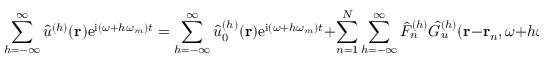
\sum _ { h = - \infty } ^ { \infty } \hat { u } ^ { ( h ) } ( \mathbf { r } ) \mathrm { e } ^ { \mathrm { i } ( \omega + h \omega _ { m } ) t } = \sum _ { h = - \infty } ^ { \infty } \hat { u } _ { 0 } ^ { ( h ) } ( \mathbf { r } ) \mathrm { e } ^ { \mathrm { i } ( \omega + h \omega _ { m } ) t } + \sum _ { n = 1 } ^ { N } \sum _ { h = - \infty } ^ { \infty } \hat { F } _ { n } ^ { ( h ) } \hat { G } _ { u } ^ { ( h ) } ( \mathbf { r } - \mathbf { r } _ { n } , \omega + h \omega _ { m } ) \mathrm { e } ^ { \mathrm { i } ( \omega + h \omega _ { m } ) t } , \quad h \in \mathbb { Z } .